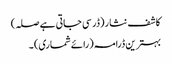
کاشف نثار (ڈر سی جاتی ہے صلہ)
بہترین ڈرامہ (رائے شماری) ۔